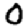
Digit: 0